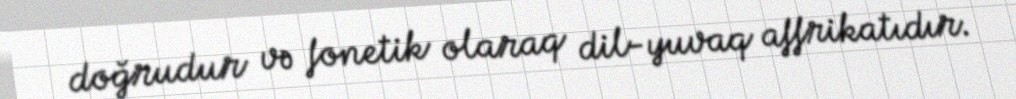
doğrudur və fonetik olaraq dil-yuvaq affrikatıdır.